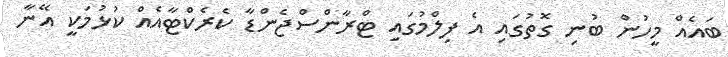
ބައެއް މީހުން ބުނި ގޮތުގައި އެ ފިލްމުގައި ޓްރާންސްޖެންޑާ ކެރެކްޓާއެއް ކުޅުމަކީ އޭނާ